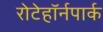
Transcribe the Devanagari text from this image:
रोटेहॉर्नपार्क